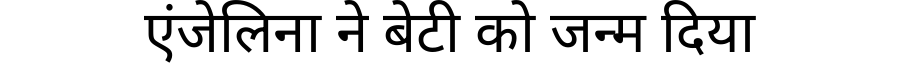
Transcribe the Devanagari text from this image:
एंजेलिना ने बेटी को जन्म दिया